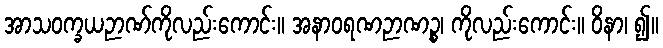
အာသဝက္ခယဉာဏ်ကိုလည်းကောင်း။ အနာဝရဏဉာဏဉ္စ၊ ကိုလည်းကောင်း။ ဝိနာ၊ ၍။